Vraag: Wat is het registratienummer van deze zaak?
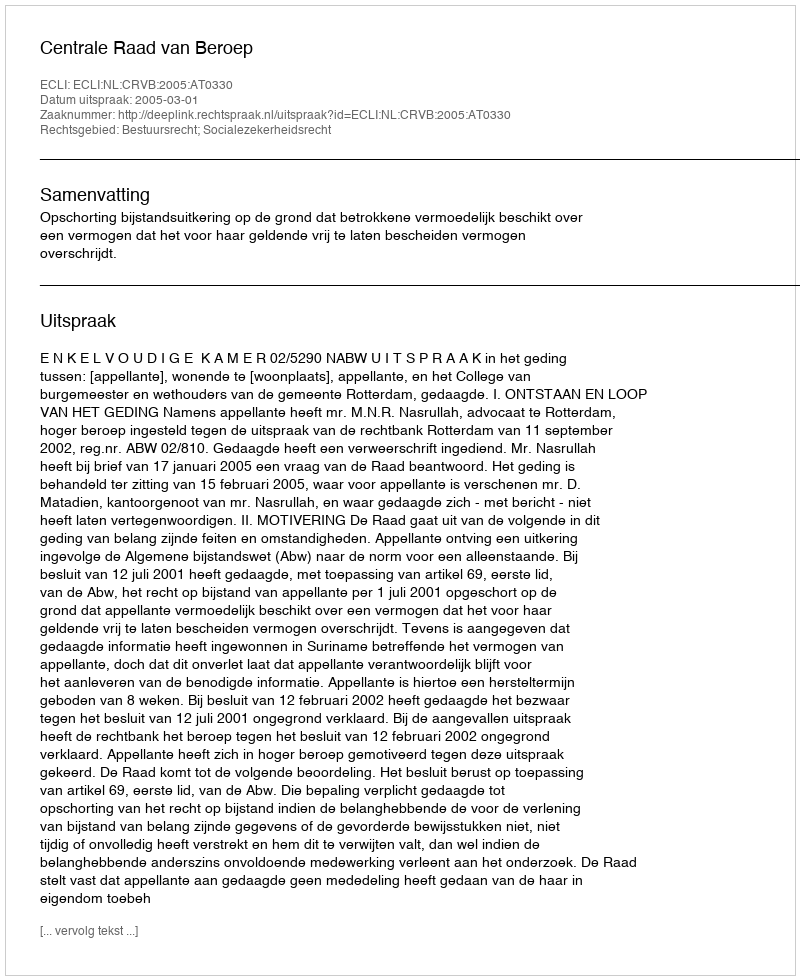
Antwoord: http://deeplink.rechtspraak.nl/uitspraak?id=ECLI:NL:CRVB:2005:AT0330